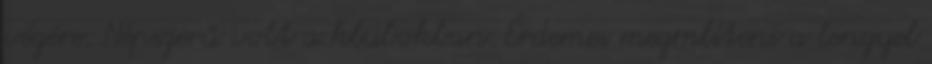
végére. Népszerű volt a klubokban. Érdemes megmlíteni a lengyel